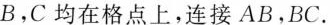
B，C均在格点上，连接AB，BC.